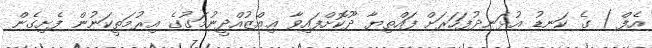
އެފް ) ގެ ކަނޑު އުޅަނދުފަހަރަށް ފައްތިޔާ ދޫކޮށްފައިވާ ޢިއްޒުއްދީނުމަގުގެ އިރުމަތީކަނުން ފެށިގެން